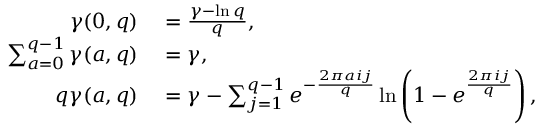
\begin{array} { r l } { \gamma ( 0 , q ) } & { { } = { \frac { \gamma - \ln q } { q } } , } \\ { \sum _ { a = 0 } ^ { q - 1 } \gamma ( a , q ) } & { { } = \gamma , } \\ { q \gamma ( a , q ) } & { { } = \gamma - \sum _ { j = 1 } ^ { q - 1 } e ^ { - { \frac { 2 \pi a i j } { q } } } \ln \left( 1 - e ^ { \frac { 2 \pi i j } { q } } \right) , } \end{array}